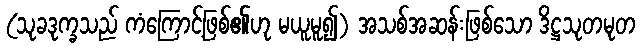
(သုခဒုက္ခသည် ကံကြောင့်ဖြစ်၏ဟု မယူမူ၍) အသစ်အဆန်းဖြစ်သော ဒိဋ္ဌသုတမုတ